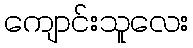
ကျောင်းသူလေး